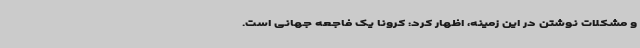
و مشکلات نوشتن در این زمینه، اظهار کرد: کرونا یک فاجعه جهانی است.